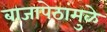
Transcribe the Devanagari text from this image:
बाजापेठांमुळे